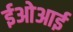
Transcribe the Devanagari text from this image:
ईओआई